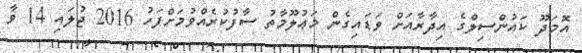
އޮމަދޫ ކައުންސިލްގެ އިދާރާއަށް ވަޑައިގެން މަޢުލޫމާތު ސާފުކުރެއްވުމަށްފަހު 2016 ޖުލައި 14 ވާ